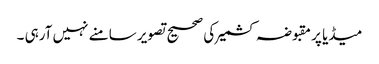
میڈیا پر مقبوضہ کشمیر کی صحیح تصویر سامنے نہیں آرہی ۔